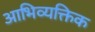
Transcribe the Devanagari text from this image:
आभिव्यक्तिक